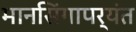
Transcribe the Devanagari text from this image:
मानसिंगापर्यंत